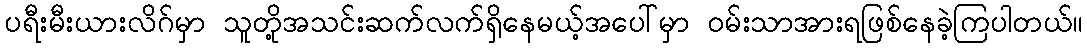
ပရီးမီးယားလိဂ်မှာ သူတို့အသင်းဆက်လက်ရှိနေမယ့်အပေါ်မှာ ဝမ်းသာအားရဖြစ်နေခဲ့ကြပါတယ်။